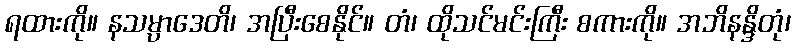
ရထားကို။ နသမ္ပာဒေတိ၊ အပြီးစေနိုင်။ တံ၊ ထိုသင်မင်းကြီး စကားကို။ အဘိနန္ဒိတုံ၊